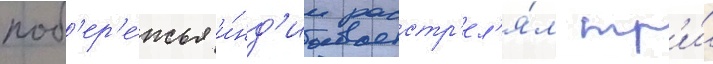
поб'ер'е́жья и́нд'ии расстр'ел'я́л тр'и́